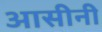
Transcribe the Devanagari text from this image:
आसीनी